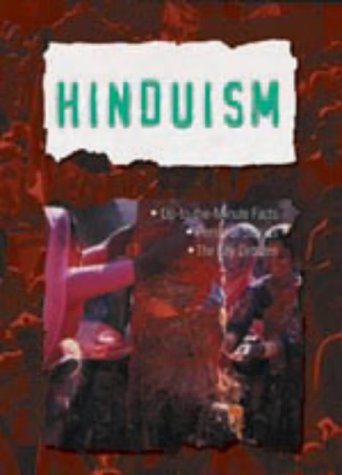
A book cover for Hinduism (World Faiths); Ranchor Prime; Children's Books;